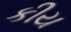
કીય